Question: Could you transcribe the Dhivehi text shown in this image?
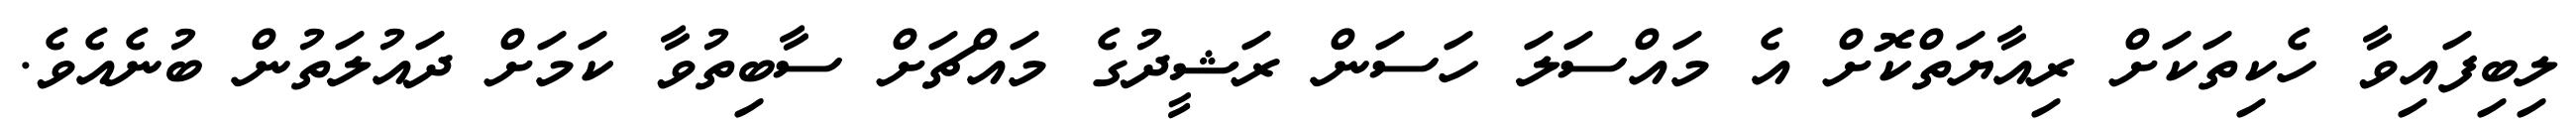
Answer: ލިބިފައިވާ ހެކިތަކަށް ރިއާޔަތްކޮށް އެ މައްސަލަ ހަސަން ރަޝީދުގެ މައްޗަށް ސާބިތުވާ ކަމަށް ދައުލަތުން ބުނެއެވެ.